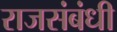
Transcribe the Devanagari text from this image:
राजसंबंधी